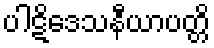
ပါဋိဒေသနီယာပတ္တိ